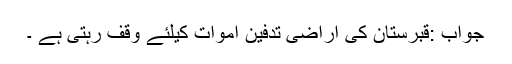
جواب :قبرستان کی اراضی تدفین اموات کیلئے وقف رہتی ہے ۔